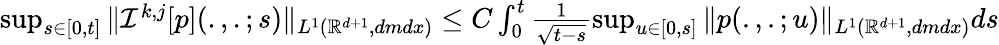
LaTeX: \begin{array}{r}{\operatorname*{sup}_{s\in[0,t]}\| {\mathcal I}^{k,j}[p](.,.;s)\| _{L^{1}({\mathbb R}^{d+1},dmdx)}\leq C\int_{0}^{t}\frac{1}{\sqrt{t-s}}\operatorname*{sup}_{u\in[0,s]}\| p(.,.;u)\| _{L^{1}({\mathbb R}^{d+1},dmdx)}ds}\end{array}